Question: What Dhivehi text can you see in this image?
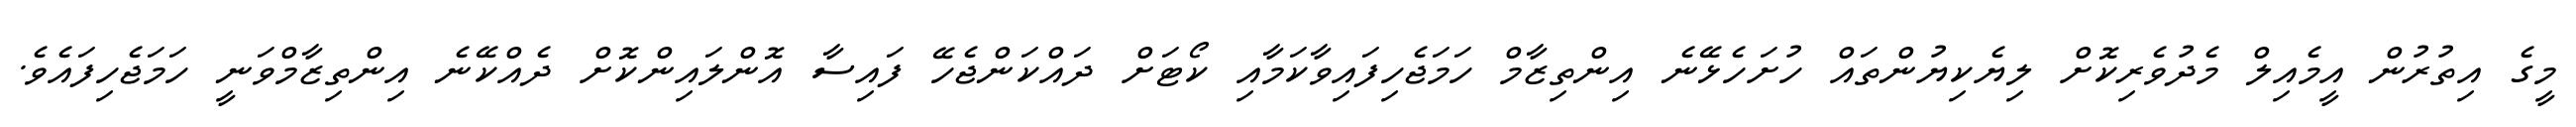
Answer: މީގެ އިތުރުން އީމެއިލް މެދުވެރިކޮށް ލިޔެކިޔުންތައް ހުށަހެޅޭނެ އިންތިޒާމް ހަމަޖެހިފައިވާކަމާއި ކޯޓަށް ދައްކަންޖެހޭ ފައިސާ އޮންލައިންކޮށް ދެއްކޭނެ އިންތިޒާމްވަނީ ހަމަޖެހިފައެވެ.